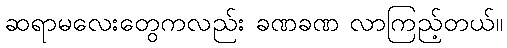
ဆရာမလေးတွေကလည်း ခဏခဏ လာကြည့်တယ်။